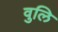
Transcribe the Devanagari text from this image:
वुलि